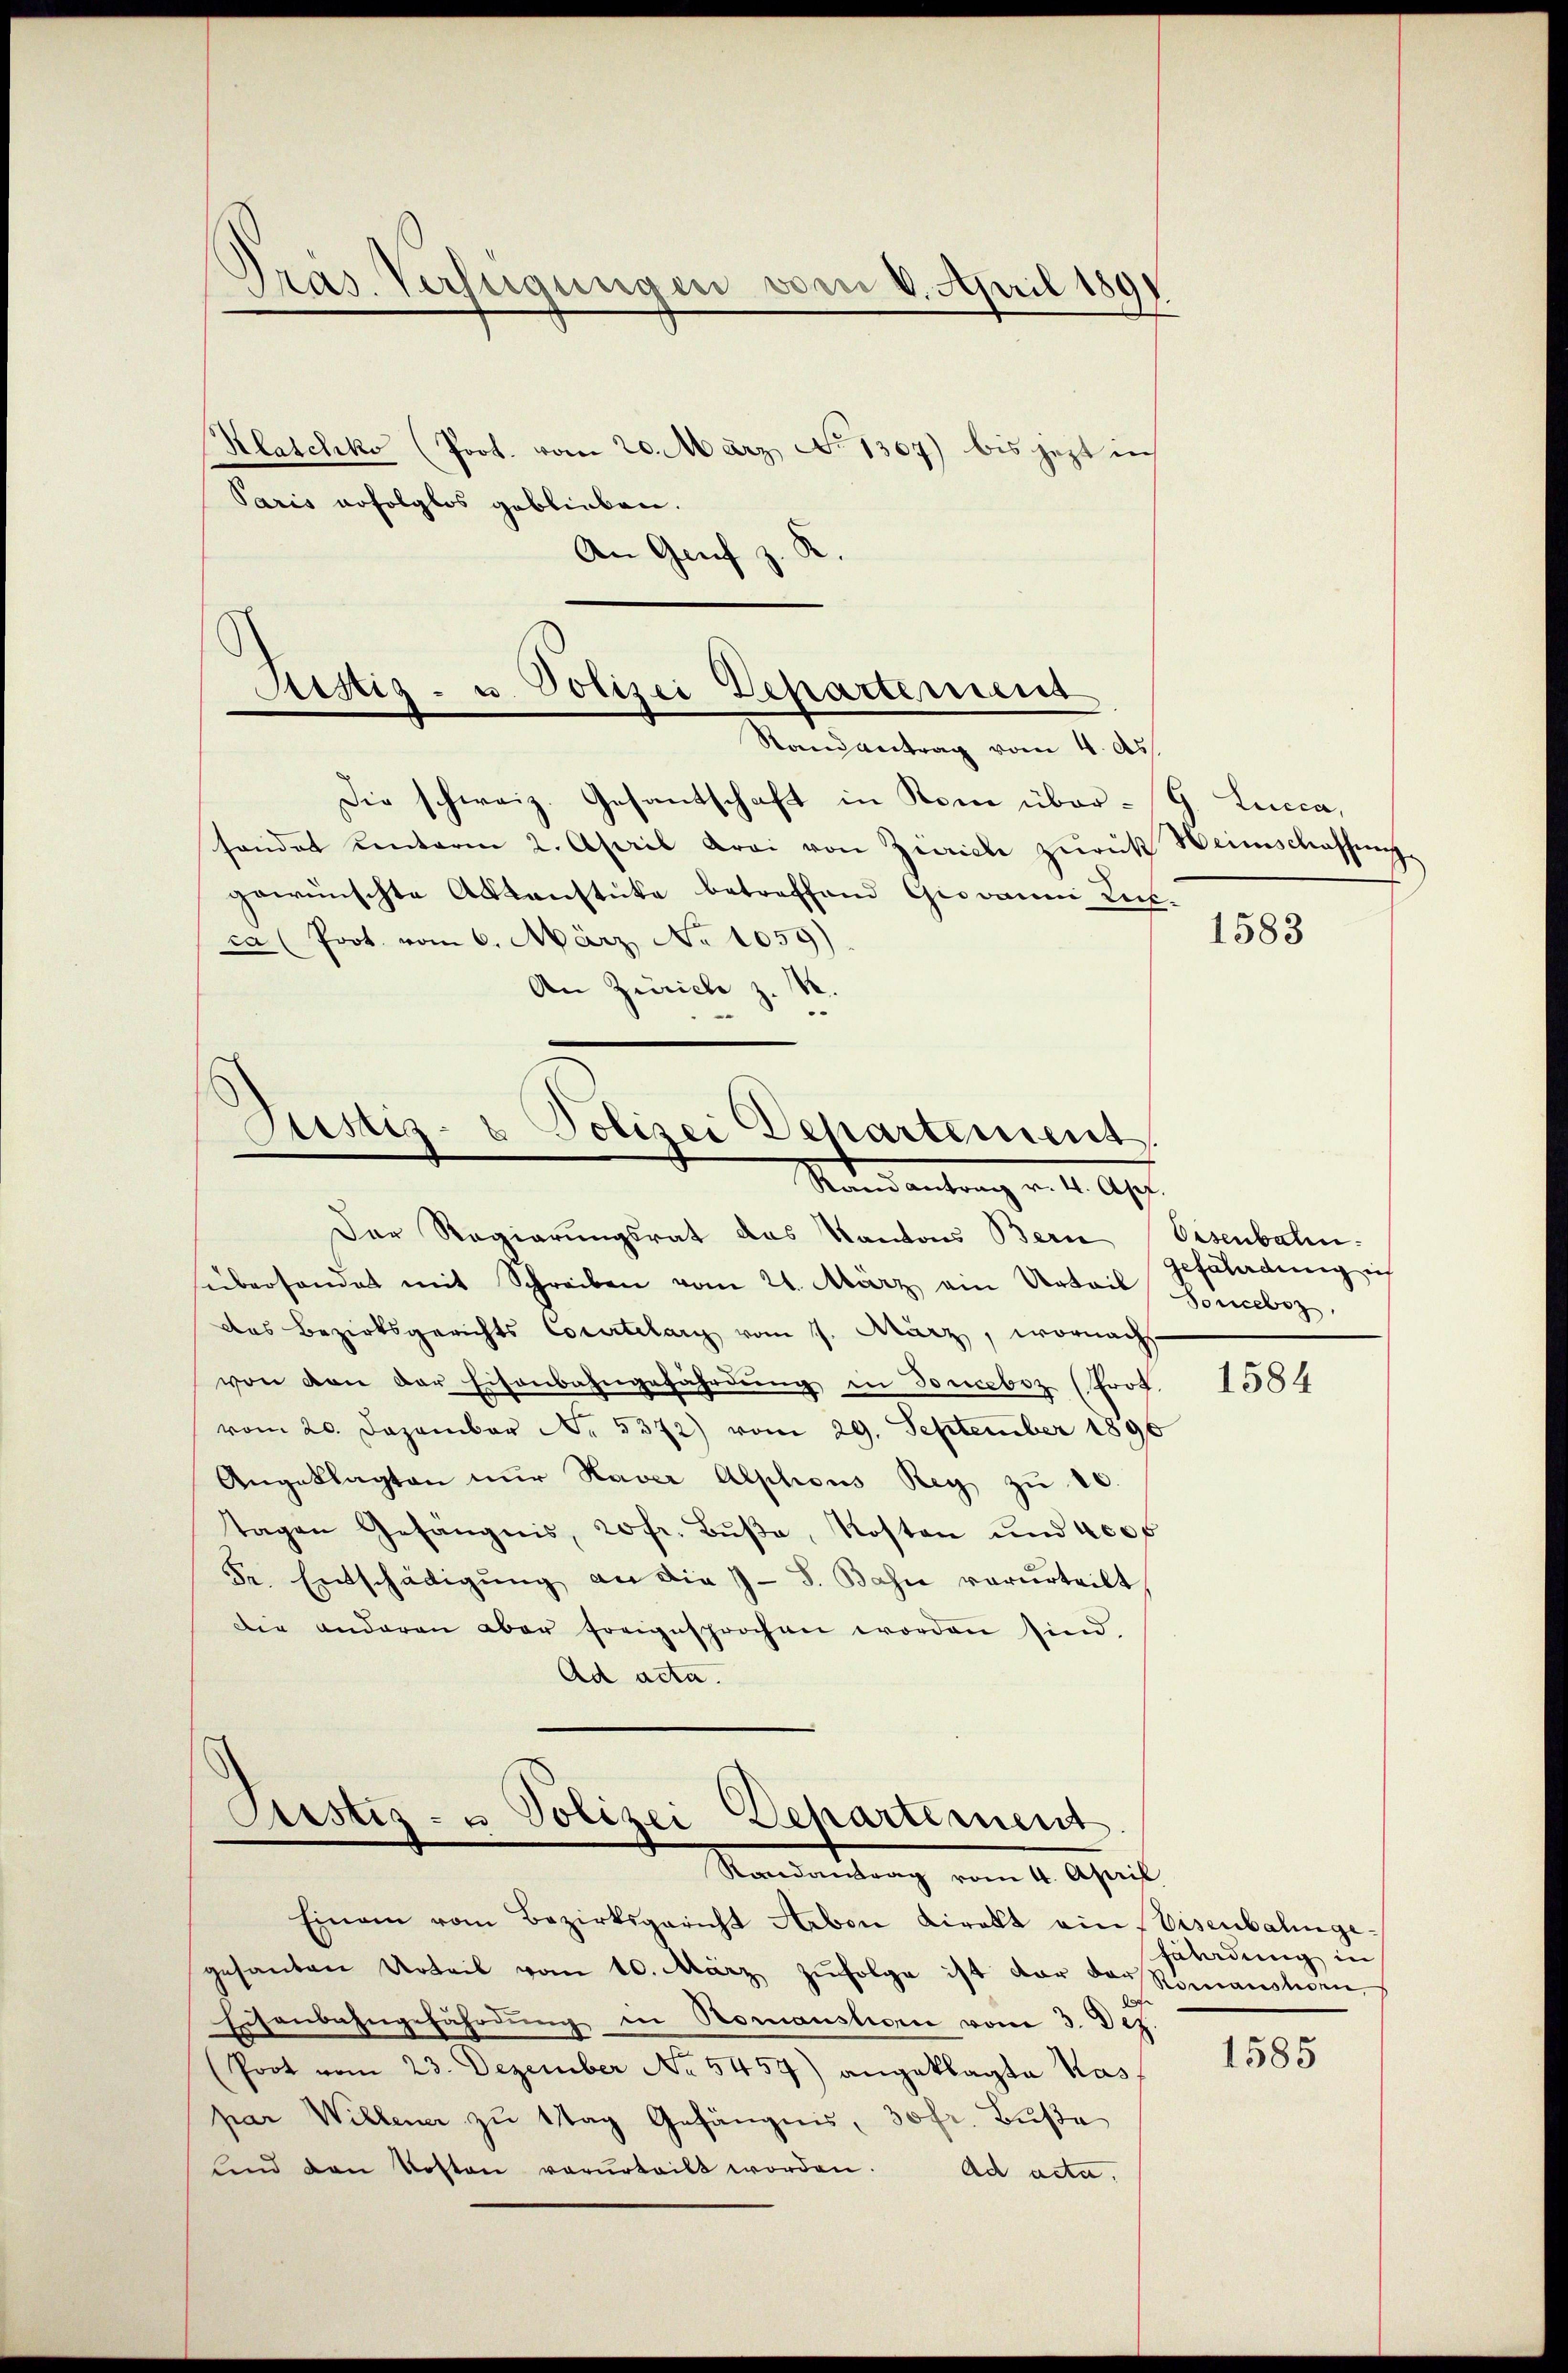
Pras. Verfügungen vom 6. April 1891

Klaschko (Poot. vom 20. März, No 1367) bis jezt in
Paris erfolglos geblieben.
An Genf z. R.

d
Justig- u. Polizei Departement
Randantrag vom 4. ds.

Die schweiz. Gesantschaft in Kom über-G. Lucca,
sonder unterm 2. April Krai von Zürich zurük Heimschaffung
gewünschte Aktenstüke betreffend Giovanni Reck-
ca (Prot. vom 6. März No 1059).
An Zürich z. R.
Der Regierungsrat das Kantons Bern Eisenbahn-
überhandert mit Schreiben vom 21. März ein Urteil Siebz
das Bezirksgerichts Courtelary vom 1. März, wornach
von von der Eisenbahngefährdŭng in Tonceboz (Prof.
vom 20. Dezember No. 5372) vom 29. September 1896
Angeklagten nur Haver Alphons Rey zu 10.
tagen Gefängnis, 20 fr. Bŭβe, Kosten und 400f
Fr. Entschädigŭng an die J. S. Bahn verurteilt
die anderen aber freigesprochen worden sind.
Ad acta.

Jusis
Polizei Departement
Stand antrag von 10. Apr

Justiz- u Polizei Dehartement
Randantrag vom 4. April

Einem vom Bezirksgericht Heben direkt ein Eisenbalinge-
gesanten Urteil vom 10. März zŭfolge ist vor das Romansten
Eisenbahngefährdŭng in Romanstigen vom 3. Dez.
(Poot vom 23. Dezember No. 5457) angeklagte Kas
par Willener zŭ ttag Gefängnis, 30 fr. Buße
lind den Kosten verurteilt worden. Ad acta.

1583

gefährdung ich

1584

Fäladung in

1585